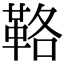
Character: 𩊚